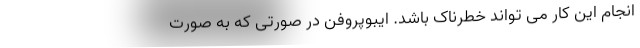
انجام این کار می تواند خطرناک باشد. ایبوپروفن در صورتی که به صورت